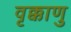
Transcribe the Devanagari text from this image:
वृक्काणु